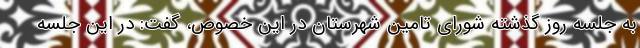
به جلسه روز گذشته شورای تامین شهرستان در این خصوص، گفت: در این جلسه